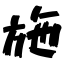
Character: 施